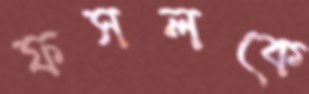
ফসলকে